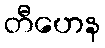
တီဟေန